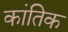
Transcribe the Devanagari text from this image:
कांतिक